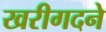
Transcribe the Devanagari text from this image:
खरीगदने